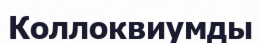
Коллоквиумды